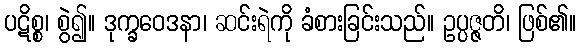
ပဋိစ္စ၊ စွဲ၍။ ဒုက္ခဝေဒနာ၊ ဆင်းရဲကို ခံစားခြင်းသည်။ ဥပ္ပဇ္ဇတိ၊ ဖြစ်၏။